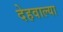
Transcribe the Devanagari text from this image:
देहवाल्या